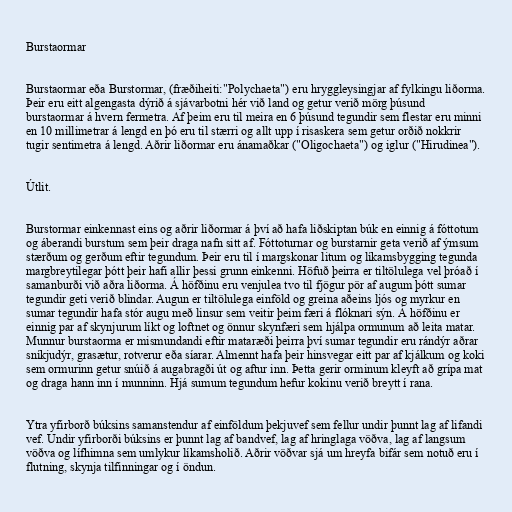
Burstaormar

Burstaormar eða Burstormar, (fræðiheiti:"Polychaeta") eru hryggleysingjar af fylkingu liðorma.
Þeir eru eitt algengasta dýrið á sjávarbotni hér við land og getur verið mörg þúsund
burstaormar á hvern fermetra. Af þeim eru til meira en 6 þúsund tegundir sem flestar eru minni
en 10 millimetrar á lengd en þó eru til stærri og allt upp í risaskera sem getur orðið nokkrir
tugir sentimetra á lengd. Aðrir liðormar eru ánamaðkar ("Oligochaeta") og iglur ("Hirudinea").

Útlit.

Burstormar einkennast eins og aðrir liðormar á því að hafa liðskiptan búk en einnig á fóttotum
og áberandi burstum sem þeir draga nafn sitt af. Fóttoturnar og burstarnir geta verið af ýmsum
stærðum og gerðum eftir tegundum. Þeir eru til í margskonar litum og líkamsbygging tegunda
margbreytilegar þótt þeir hafi allir þessi grunn einkenni. Höfuð þeirra er tiltölulega vel þróað í
samanburði við aðra liðorma. Á höfðinu eru venjulea tvo til fjögur pör af augum þótt sumar
tegundir geti verið blindar. Augun er tiltölulega einföld og greina aðeins ljós og myrkur en
sumar tegundir hafa stór augu með linsur sem veitir þeim færi á flóknari sýn. Á höfðinu er
einnig par af skynjurum líkt og loftnet og önnur skynfæri sem hjálpa ormunum að leita matar.
Munnur burstaorma er mismundandi eftir mataræði þeirra því sumar tegundir eru rándýr aðrar
sníkjudýr, grasætur, rotverur eða síarar. Almennt hafa þeir hinsvegar eitt par af kjálkum og koki
sem ormurinn getur snúið á augabragði út og aftur inn. Þetta gerir orminum kleyft að grípa mat
og draga hann inn í munninn. Hjá sumum tegundum hefur kokinu verið breytt í rana.

Ytra yfirborð búksins samanstendur af einföldum þekjuvef sem fellur undir þunnt lag af lifandi
vef. Undir yfirborði búksins er þunnt lag af bandvef, lag af hringlaga vöðva, lag af langsum
vöðva og lífhimna sem umlykur líkamsholið. Aðrir vöðvar sjá um hreyfa bifár sem notuð eru í
flutning, skynja tilfinningar og í öndun.